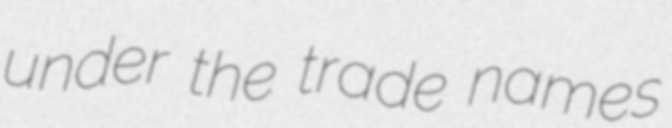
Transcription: under the trade names